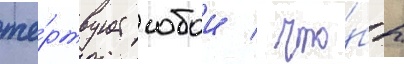
же́ртвует собои / что́бы